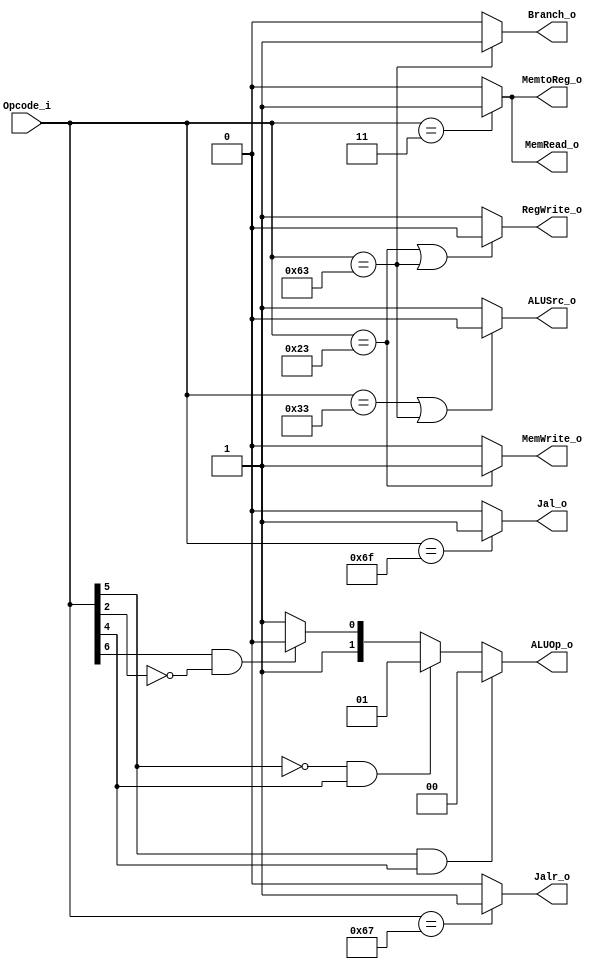
/*
Module: control
Author: Chia-Jen Nieh
Description:
    Reading opcode from instruction[6:0] and determine control signals.
*/
module control (
    Opcode_i,
    Jalr_o,
    Jal_o,
    Branch_o,
    MemtoReg_o,
    ALUOp_o,
    MemWrite_o,
    MemRead_o,
    ALUSrc_o,
    RegWrite_o
);
    input  [6:0] Opcode_i;
    output       Jalr_o, Jal_o, Branch_o;
    output       MemtoReg_o, MemWrite_o, MemRead_o;
    output       ALUSrc_o, RegWrite_o;
    output [1:0] ALUOp_o;

    //ISA to be handled
    //ADD:  0000000      rs2 rs1 000 rd          0110011
    //ADDI: IMM[11:0]        rs1 000 rd          0010011
    //LW:   IMM[11:0]        rs1 010 rd          0000011
    //SW:   IMM[11:5]    rs2 rs1 010 IMM[4:0]    0100011
    //JALR: IMM[11:0]        rs1 000 rd          1100111 //Byte address

    //SUB:  0100000      rs2 rs1 000 rd          0110011

    //AND:  0000000      rs2 rs1 111 rd          0110011
    //ANDI: IMM[11:0]        rs1 111 rd          0010011

    //OR:   0000000      rs2 rs1 110 rd          0110011
    //ORI:  IMM[11:0]        rs1 110 rd          0010011

    //XOR:  0000000      rs2 rs1 100 rd          0110011
    //XORI: IMM[11:0]        rs1 100 rd          0010011
    //BEQ:  IMM[12,10:5] rs2 rs1 000 IMM[4:1,11] 1100011 //Halfword address //Partially handled by ALU, PC + imm is outside of ALU
    //BNE:  IMM[12,10:5] rs2 rs1 001 IMM[4:1,11] 1100011 //Halfword address //Partially handled by ALU, PC + imm is outside of ALU
    
    //SLLI: 0000000      sha rs1 001 rd          0010011

    //SRLI: 0000000      sha rs1 101 rd          0010011
    
    //SRAI: 0100000      sha rs1 101 rd          0010011
    
    //SLT:  0000000      rs2 rs1 010 rd          0110011
    //SLTI: IMM[11:0]        rs1 010 rd          0010011
    
    //JAL:  IMM[20,10:1,11,19:12]    rd          1101111 //Halfword address //Not handled by ALU, PC + imm is outside of ALU

    //If operation is JALR, JALR = 1
    //                else, JALR = 0
    assign Jalr_o = (Opcode_i == 7'b1100111) ? 1 : 0;

    //If operation is JAL, JAL = 1
    //                else, JAL = 0
    assign Jal_o = (Opcode_i == 7'b1101111) ? 1 : 0;

    //If operation is BEQ or BNE, Branch = 1
    //                else, Branch = 0
    assign Branch_o = (Opcode_i == 7'b1100011) ? 1 : 0;

    //If operation is LW, MemtoReg = 1
    //                else, MemtoReg = 0
    assign MemtoReg_o = (Opcode_i == 7'b0000011) ? 1 : 0;

    //If operation is SW, MemWrite = 1
    //                else, MemWrite = 0
    assign MemWrite_o = (Opcode_i == 7'b0100011) ? 1 : 0;

    //If operation is LW, MemRead = 1
    //                else, MemRead = 0
    assign MemRead_o = (Opcode_i == 7'b0000011) ? 1 : 0;

    //If operation is ADD or ADDI or LW or JALR or SUB or AND or ANDI or OR or ORI or SLT or SLTI or JAL or XOR or XORI or SLLI or SRLI or SRAI, RegWrite = 1
    //                SW or BEQ or BNE, RegWrite = 0
    assign RegWrite_o = ((Opcode_i == 7'b0100011) | (Opcode_i == 7'b1100011)) ? 0 : 1;

    //If operation is ADD or SUB or BEQ or BNE or AND or OR or XOR or SLT, ALUSrc = 0
    //                LW or SW or JALR or ADDI or ANDI or ORI or XORI or SLLI or SRLI or SRAI or SLTI, ALUSrc = 1
    assign ALUSrc_o = ((Opcode_i == 7'b0110011) | (Opcode_i == 7'b1100011)) ? 0 : 1;

    //ALUOp are two bits. //2'd0 represents 0110011 (R), 2'd1 represents 0010011 (I), 2'd2 represents 1100011 (B), 2'd3 represents others
    assign ALUOp_o = ((Opcode_i[5] == 1'b1) && (Opcode_i[4] == 1'b1)) ? 2'd0 :
                     ((Opcode_i[5] == 1'b0) && (Opcode_i[4] == 1'b1)) ? 2'd1 :
                     ((Opcode_i[6] == 1'b1) && (Opcode_i[2] == 1'b0)) ? 2'd2 : 2'd3;
    // assign ALUOp_o = (Opcode_i == 7'b0110011) ? 2'd0 :
    //                  (Opcode_i == 7'b0010011) ? 2'd1 :
    //                  (Opcode_i == 7'b1100011) ? 2'd2 : 2'd3;
endmodule